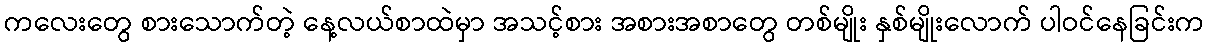
ကလေးတွေ စားသောက်တဲ့ နေ့လယ်စာထဲမှာ အသင့်စား အစားအစာတွေ တစ်မျိုး နှစ်မျိုးလောက် ပါဝင်နေခြင်းက